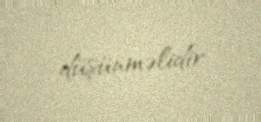
düşünməlidir.